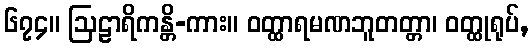
၆၇၄။ ဩဠာရိကန္တိ-ကား။ ဝတ္ထာရမဏဘူတတ္တာ၊ ဝတ္ထုရုပ်,